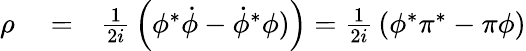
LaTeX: \begin{array}{rlr}{\rho}&{{}=}&{{\frac{1}{2i}}\left(\phi^{*}\dot{\phi}-\dot{\phi}^{*}\phi)\right)={\frac{1}{2i}}\left(\phi^{*}\pi^{*}-\pi\phi\right)}\end{array}